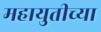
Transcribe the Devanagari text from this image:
महायुतीच्या